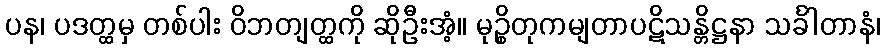
ပန၊ ပဒတ္ထမှ တစ်ပါး ဝိဘတျတ္ထကို ဆိုဦးအံ့။ မုဉ္စိတုကမျတာပဋိသန္တိဋ္ဌနာ သင်္ခါတာနံ၊